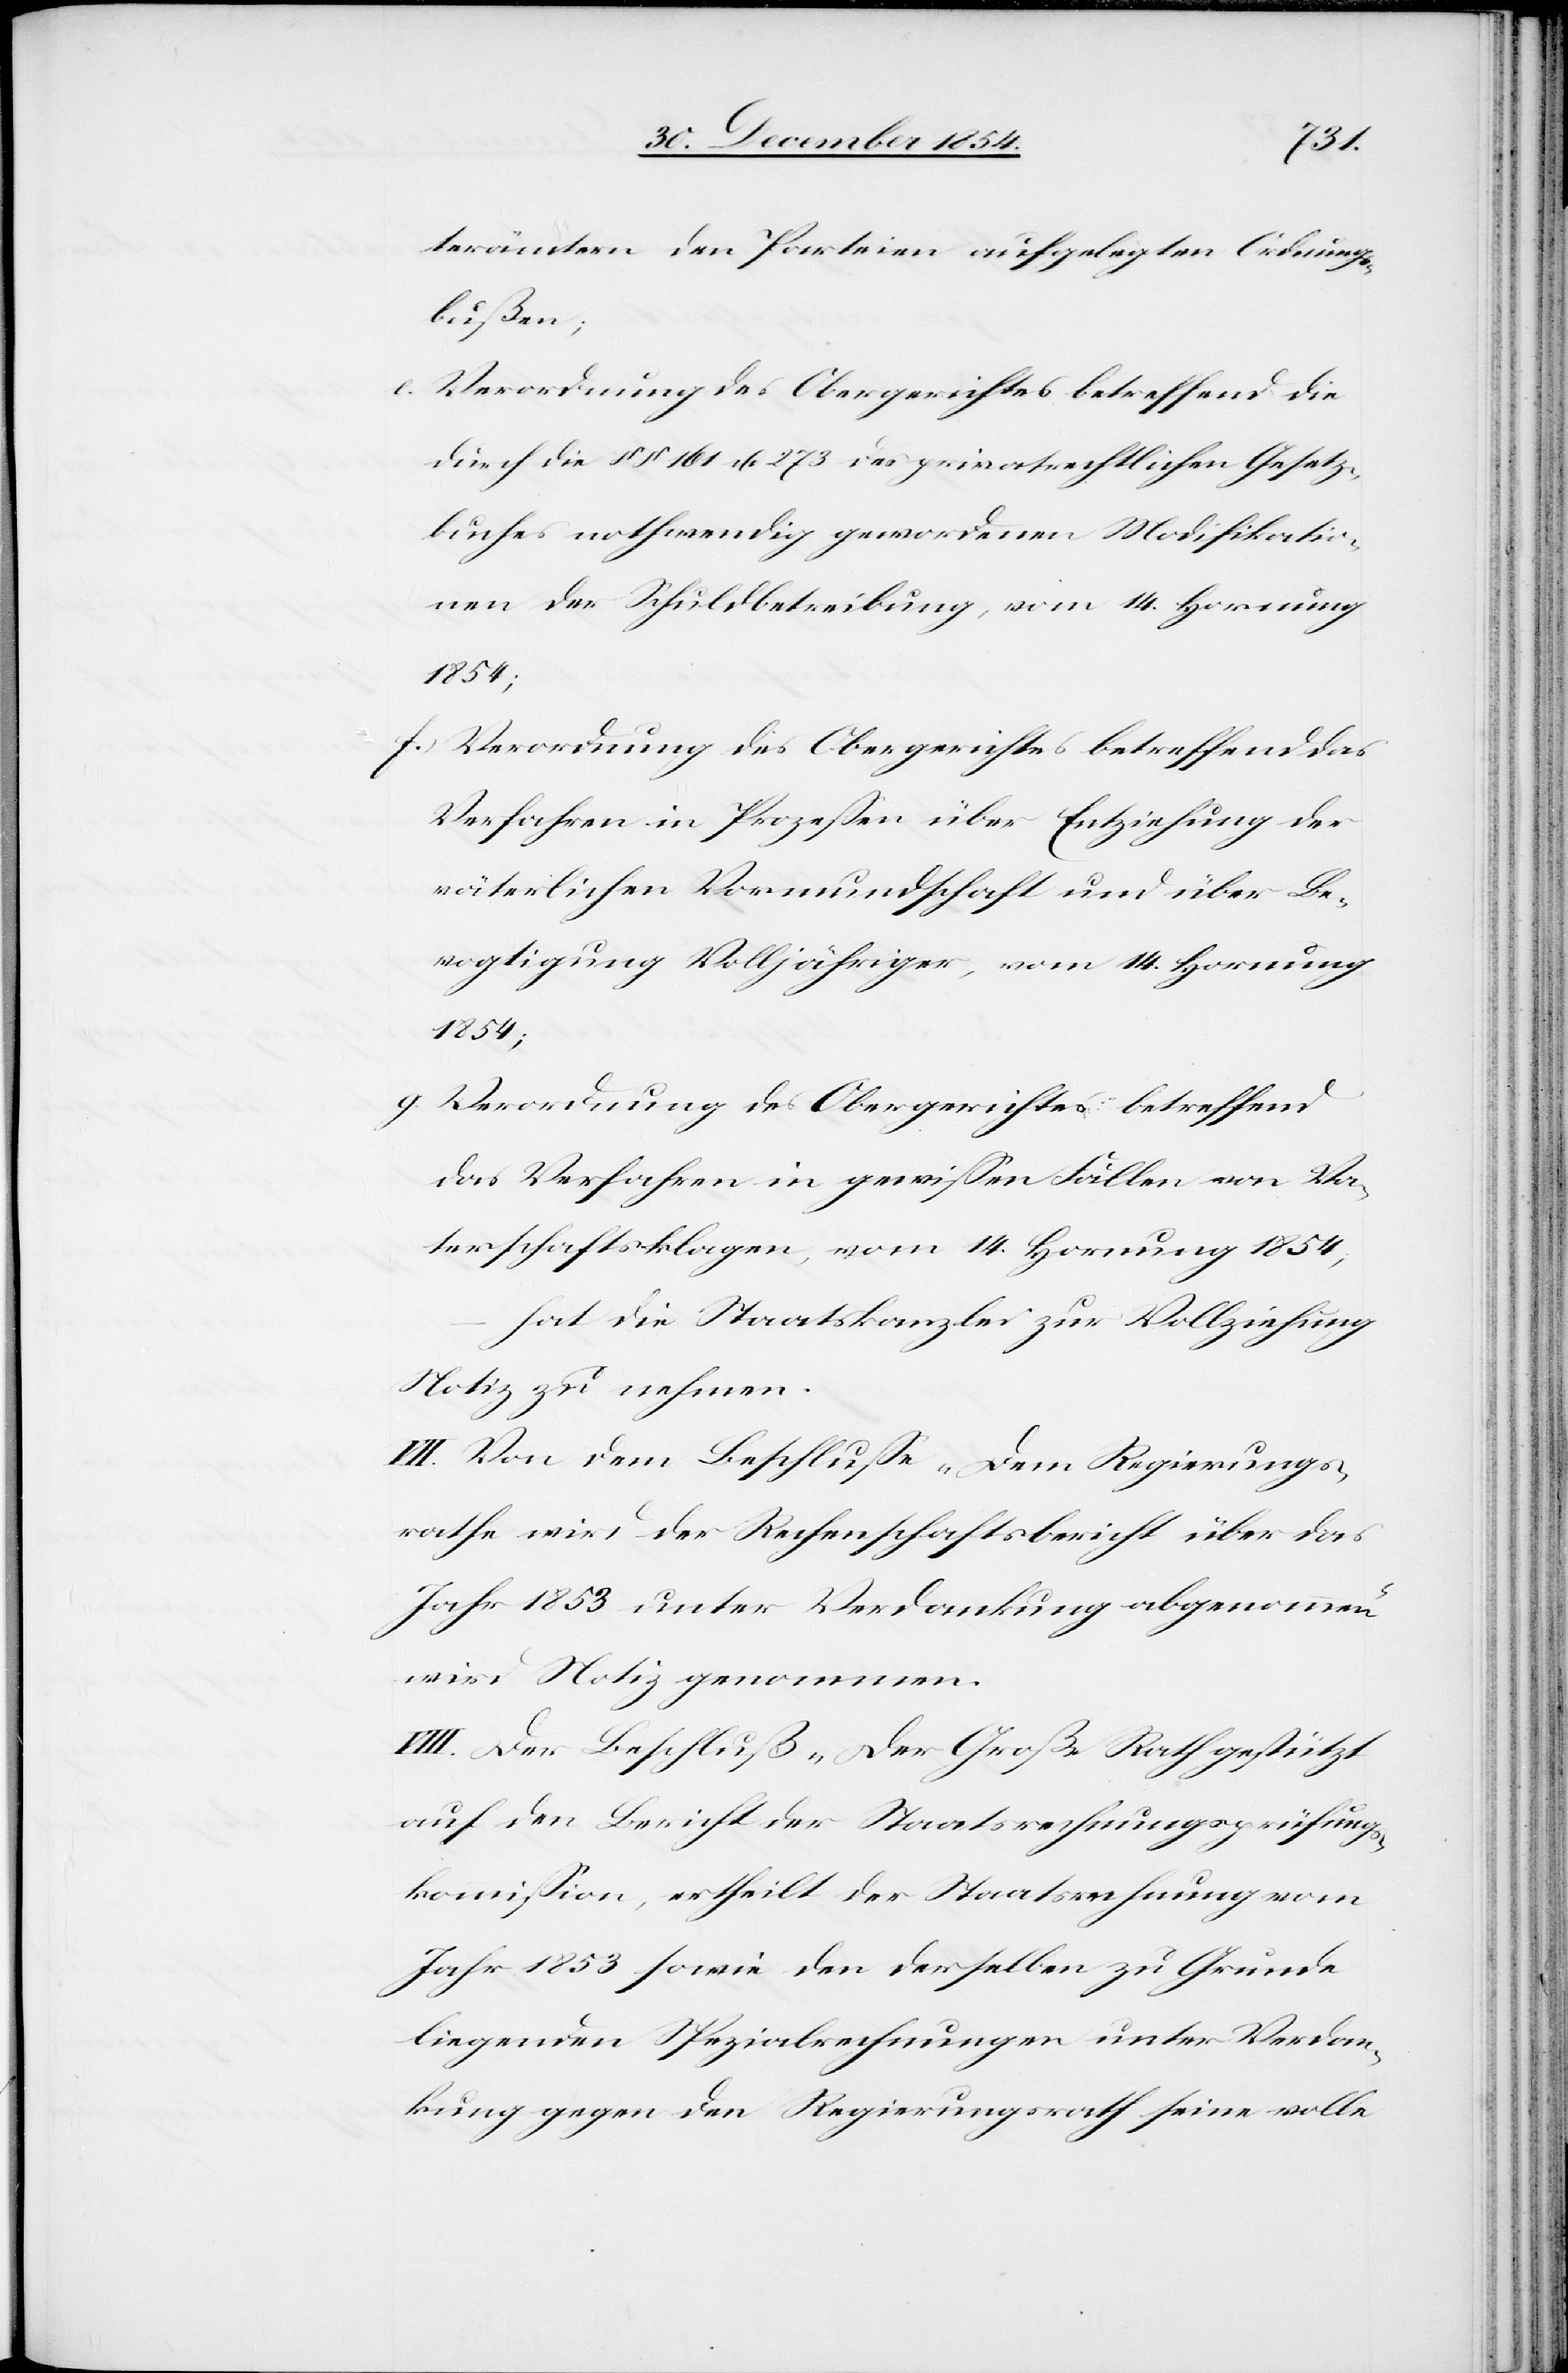
terämtern den Parteien aufgelegten Ordnung¬
sbußen;
durch die §§ 161 u. 273 des privatrechtlichen Gesetz¬
buches nothwendig gewordenen Modifikatio¬
nen der Schuldbetreibung, vom 14. Hornung
1854;
f.) Verordnung des Obergerichtes betreffend das
Verfahren in Prozeßen über Entziehung der
väterlichen Vormundschaft und über Be¬
vogtigung Volljähriger, vom 14. Hornung
1854;
Verordnung des Obergerichtes betreffend
das Verfahren in gewißen Fällen von Va¬
terschaftsklagen, vom 14. Hornung 1854,
hat die Staatskanzlei zur Vollziehung
Notiz zu nehmen.
VII.[)] Von dem Beschluße „Dem Regierungs¬
rathe wird der Rechenschaftsbericht über das
Jahr 1853 unter Verdankung abgenommen“
wird Notiz genommen.
VIII.[)] Der Beschluß „Der Große Rath gestützt
auf den Bericht der Staatsrechnungsprüfung¬
skommißion, ertheilt der Staatsrechnung vom
Jahr 1853 sowie den derselben zu Grunde
liegenden Spezialrechnungen unter Verdan¬
kung gegen den Regierungsrath seine volle